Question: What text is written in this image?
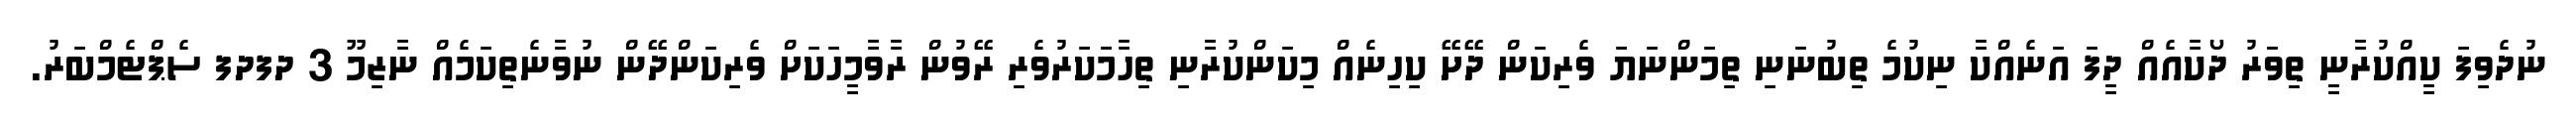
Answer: ނުދެވިފަ ކީއްކުރާނީ ތިވަރު ދޯކާއެއް ދީފަ އަނެއްކާ ނިކުމެ ތިބުނަނި ތިމަންނަޔަ ވެރިކަން ދޭށޭ ކިހިނެއް މިކަންކުރާނި ތިހާމަކަރުވެރި ރޭވުން ރާވާމީހަކަށް ވެރިކަންދޭން ނުވާނެތިކަމެއް ނާޒިމޫ 3 ދފދފ ސެޕްޓެމްބަރު.